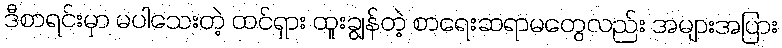
ဒီစာရင်းမှာ မပါသေးတဲ့ ထင်ရှား ထူးချွန်တဲ့ စာရေးဆရာမတွေလည်း အများအပြား